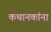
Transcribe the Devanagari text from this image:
कथानकांना